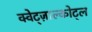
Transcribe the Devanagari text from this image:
क्वेट्ज़ाल्कोट्ल